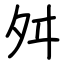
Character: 舛